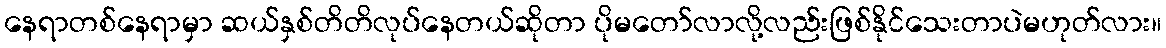
နေရာတစ်နေရာမှာ ဆယ်နှစ်တိတိလုပ်နေတယ်ဆိုတာ ပိုမတော်လာလို့လည်းဖြစ်နိုင်သေးတာပဲမဟုတ်လား။